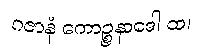
ဂဇာနံ ကောဉ္စနာဒေါ ထ၊